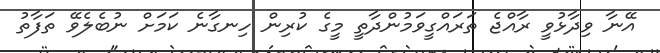
އޭނާ ވިދާޅުވީ ރާއްޖެ ތަރައްގީވަމުންދާތީ މީގެ ކުރިން ހިނގާނެ ކަމަށް ނުބެލެވޭ ތަފާތު